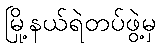
မြို့နယ်ရဲတပ်ဖွဲ့မှ